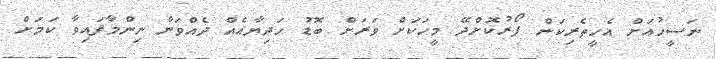
ނަސީހުއަށް އެހީތެރިކަން ފޯރުކޮށްދޭ މީހަކަށް ވަރަށް ބޮޑު ހަދިޔާއެއް ދެއްވަން ނިންމާފައިވާ ކަމަށް